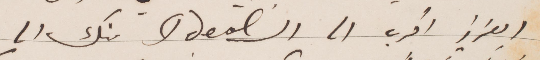
العزيز اقرب الــ Ideal منك الى الــPractical